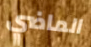
الماضي